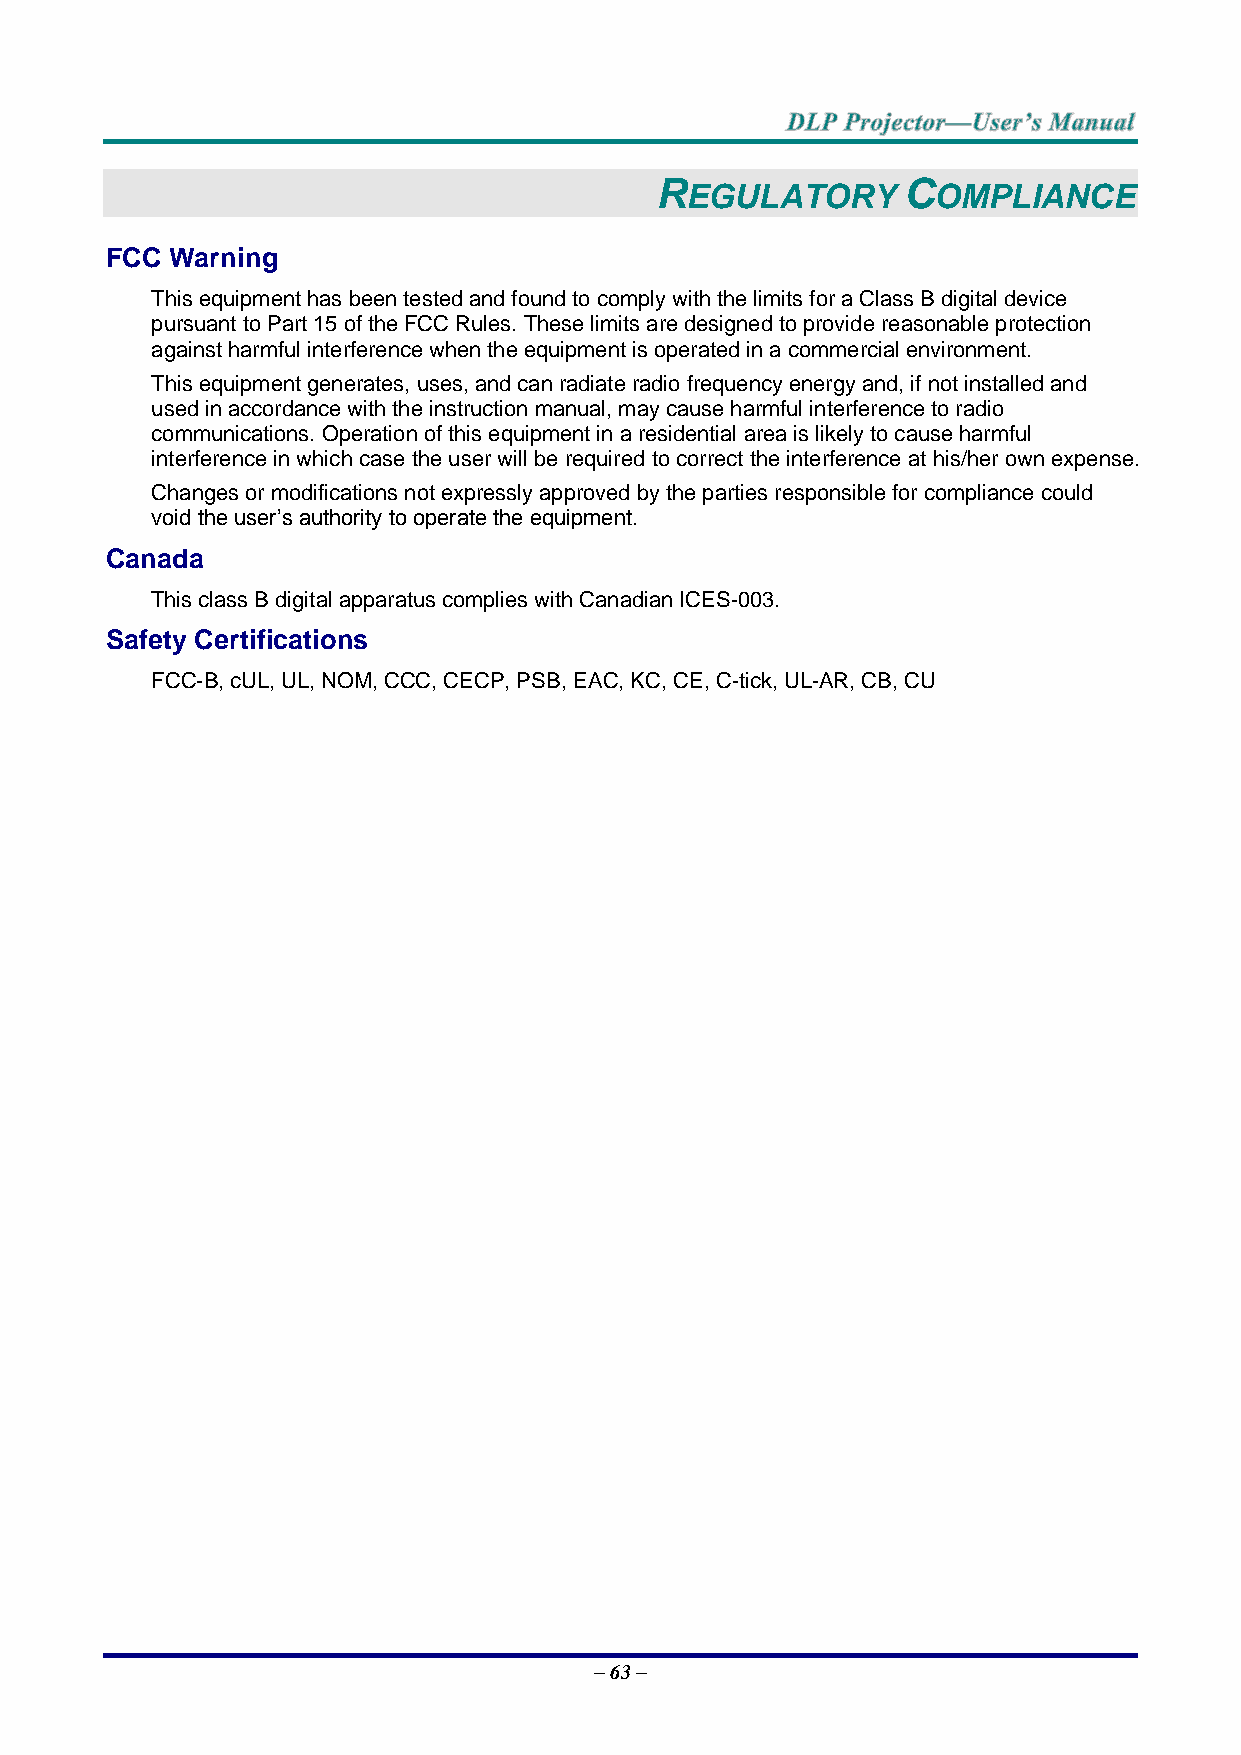
R                C
 EGULATORY        OMPLIANCE
 FCC Warning
 This equipment has been tested and found to comply with the limits for a Class B digital device
 pursuant to Part 15 of the FCC Rules. These limits are designed to provide reasonable protection
 against harmful interference when the equipment is operated in a commercial environment.
 This equipment generates, uses, and can radiate radio frequency energy and, if not installed and
 used in accordance with the instruction manual, may cause harmful interference to radio
 communications. Operation of this equipment in a residential area is likely to cause harmful
 interference in which case the user will be required to correct the interference at his/her own expense.
 Changes or modifications not expressly approved by the parties responsible for compliance could
 void the user’s authority to operate the equipment.
 Canada
 This class B digital apparatus complies with Canadian ICES-003.
 Safety Certifications
 FCC-B, cUL, UL, NOM, CCC, CECP, PSB, EAC, KC, CE, C-tick, UL-AR, CB, CU
 – 63 –